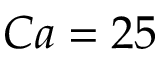
C a = 2 5